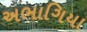
અભાગિયા